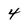
Character: 4